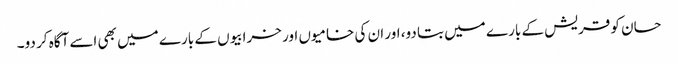
حسان کو قریش کے بارے میں بتا دو، اور ان کی خامیوں اور خرابیوں کے بارے میں بھی اسے آگاہ کر دو۔